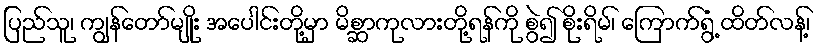
ပြည်သူ၊ ကျွန်တော်မျိုး အပေါင်းတို့မှာ မိစ္ဆာကုလားတို့ရန်ကို စွဲ၍ စိုးရိမ်၊ ကြောက်ရွံ့ ထိတ်လန့်၊